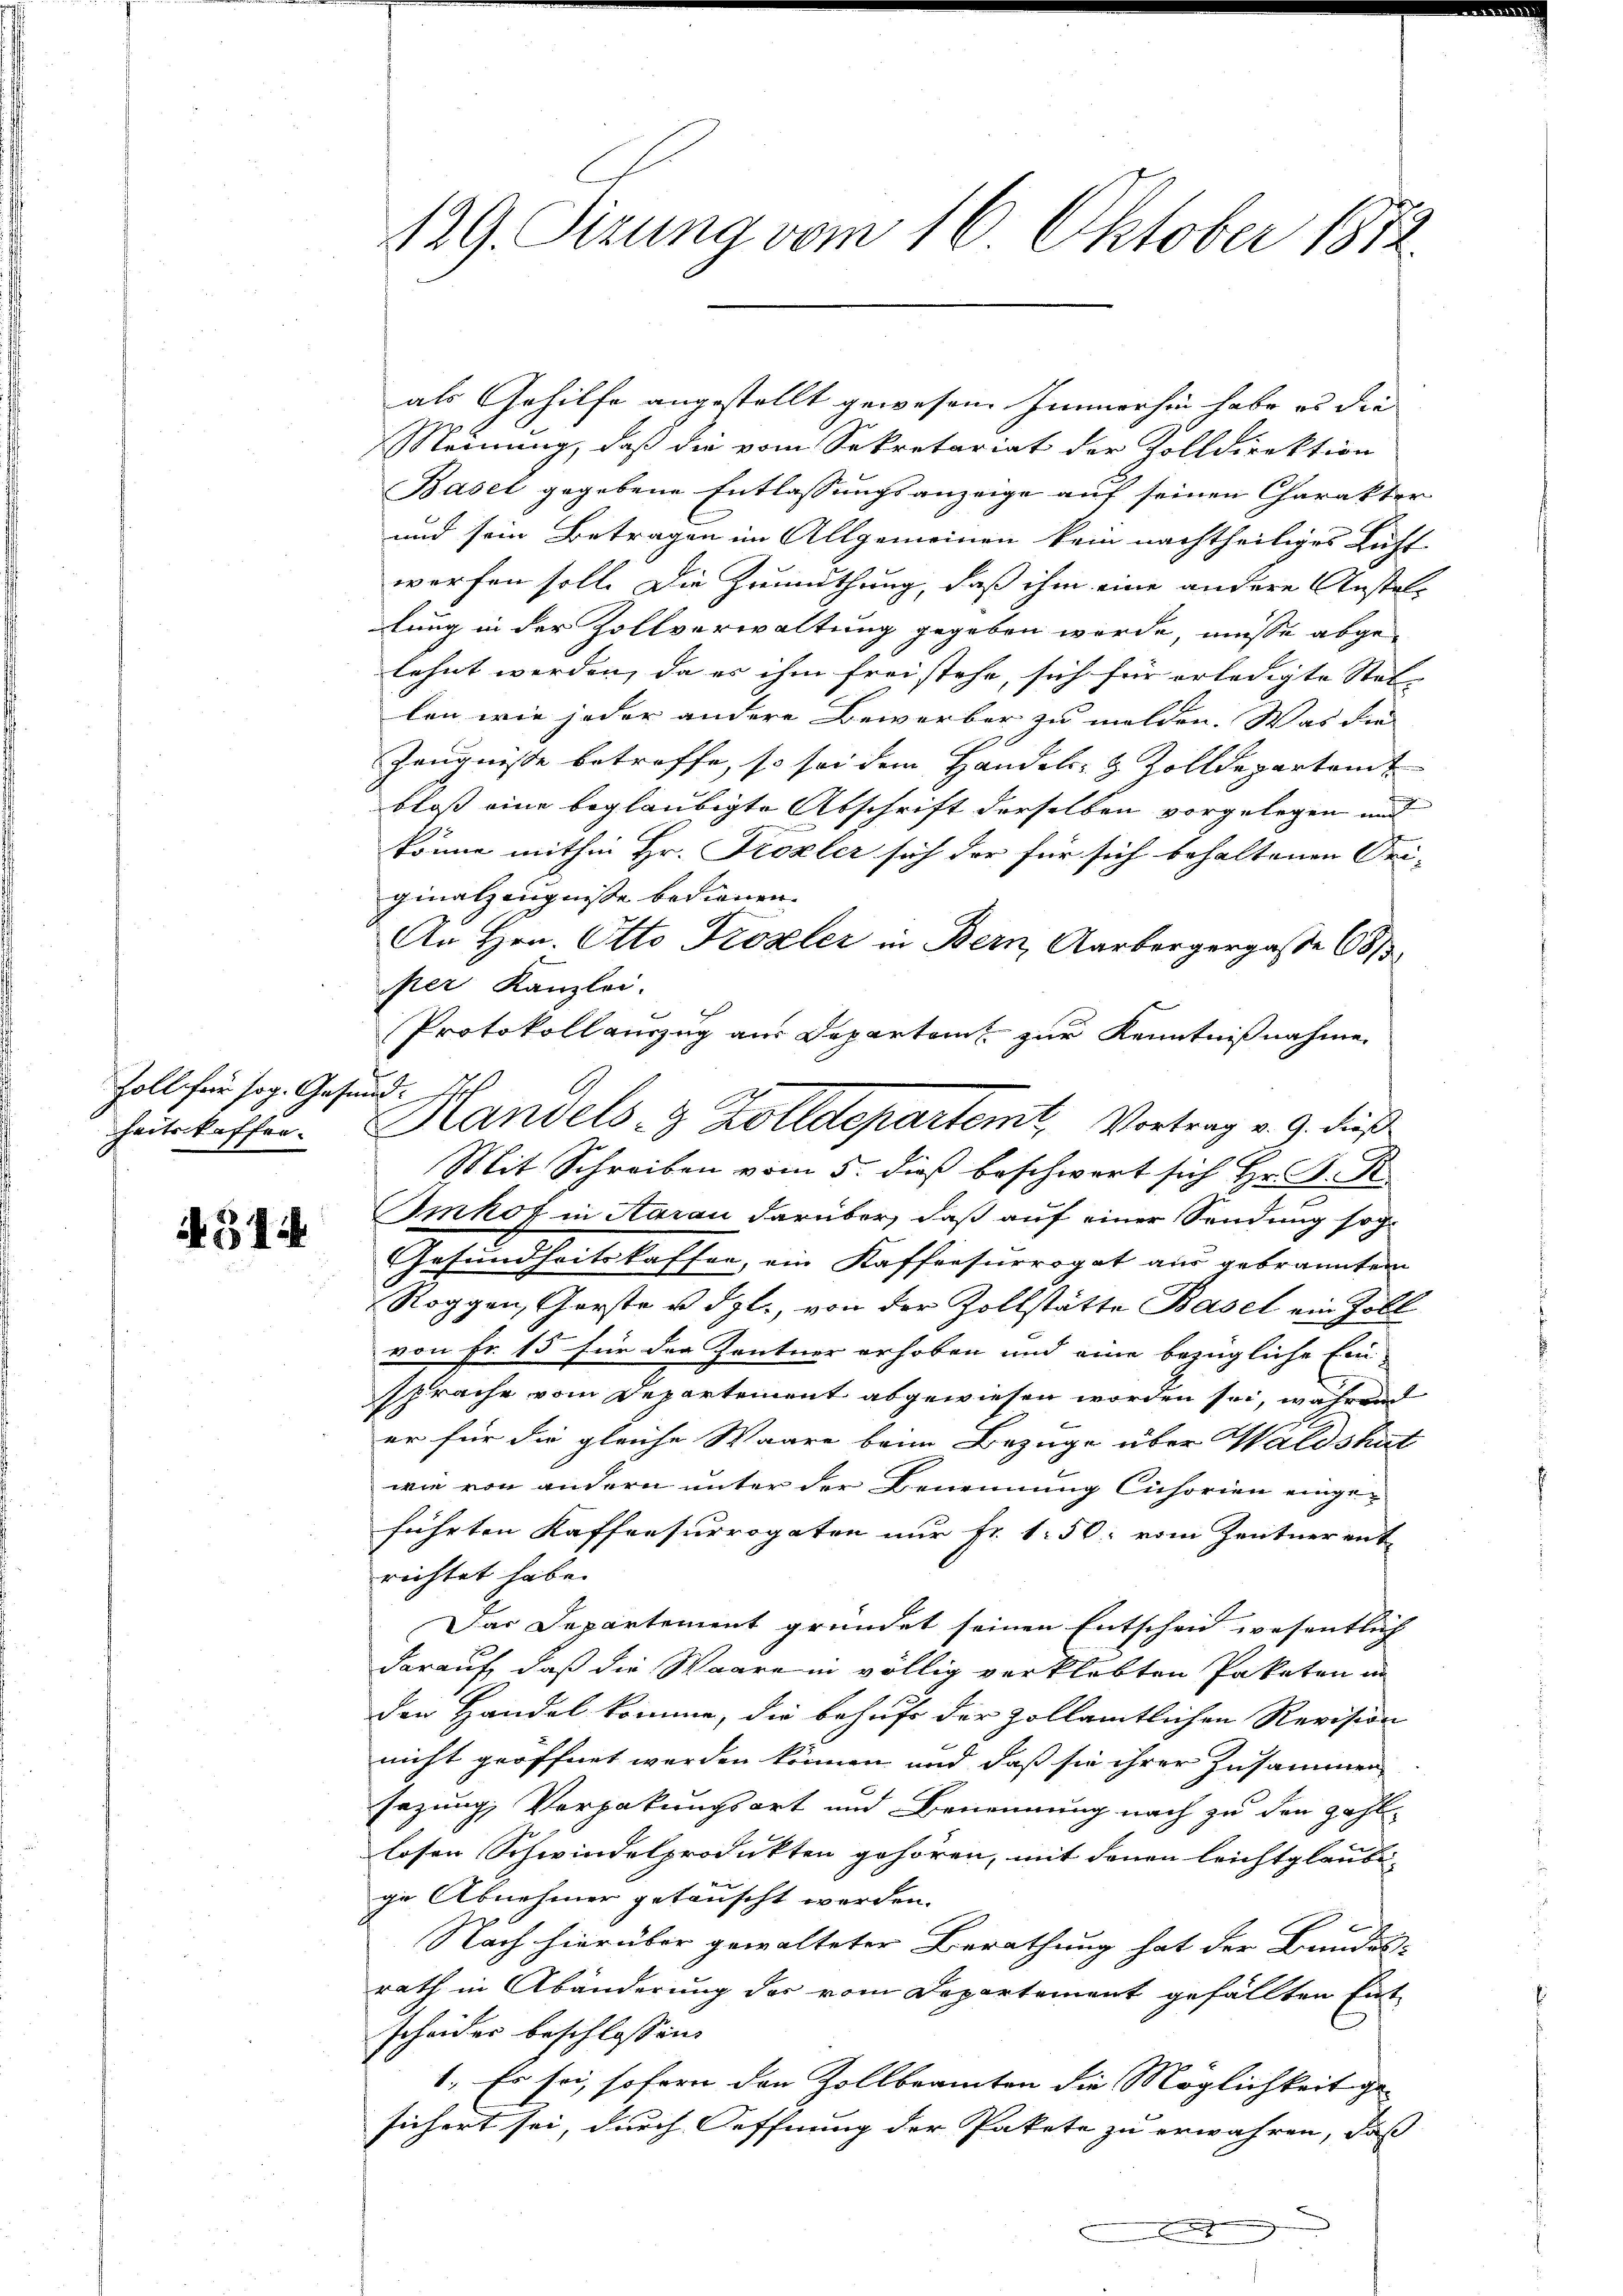
Zoll für sog. Gese
heitskaffen.

4514

129. Ferung vom 16. Oktober 1872.

als Gehilfe angestellt gewesen. Immerhin habe es die
Meinung, daß die vom Sekretariat der Zolldirektion
Basel gegebene Entlassungsanzeige auf seinen Charakter
und sein Betragen im Allgemeinen kein nachtheiliges Luft
werfen soll. Die Zumuthung, daß ihm eine andere Anstal-
lung in der Zollverwaltung gegeben werde, müsse abgelehnt werden, da es ihm freistehe, sich für erledigte Stel- |
len wie jeder andere Bewerber zu melden. Was die
Zeugnisse betreffe, so sei dem Handels- & Zolldepartem
bloß eine beglaubigte Abschrift derselben vorgelegen und
könne mithin Hr. Frozler sich der für sich behaltenen Pri-
ginalzeugnisse bedienen.
An Hrn. Otto Krozler in Bern, Aarbergergasse 681,
per Kanzlei.
Protokoll auszug aus Departamt zur Kenntnißnahme
Mit Schreiben vom 5. dieß beschwert sich Hr. P. R.
2
Imhof in Aarau darüber, daß auf einer Sendung sog.
Gesundheitskaffen, ein Kaffeesuerogat aus gebrannten
Roggen, Gerste u. dgl., von der Zollstätte Basel ein Zoll
von Fr. 15 für der Zentner erhoben und eine bezügliche Einsprache vom Departement abgewiesen worden sei, während
er für die gleiche Waare beim Bezüge über Waldshut
wie von andern unter der Benennung Cichorien eingeführten Kaffeesurrogaten nur Fr. 150: vom Zentner ent
richtet habe.
Das Departement gründet seinen Entscheid wesentlich
darauf, daß die Waare in völlig verklebten Pakaten in
den Handel komme, die behufe der Zollämtlichen Revision
nicht geöffnet werden können und daß sie ihrer Zusammen
Erzung, Verpakungsart und Benennung nach zu den Zahl-
losen Schwindelprodukten gehören, mit denen leicht glaube
ge Abnehmer getauscht werden.
Nach hierüber gewalteter Berathung hat der Bundes-
rath in Abänderung der vom Departement gefällten Eint
scheider beschlossen:
1. Es sei, sofern den Zollbeamten die Möglichkeit ge-
sichert sei, durch Oeffnung der Pakete zu erwähren, daß
n

d

Handels- & Zolldepartemt, Vortrag v. 9. dieß